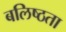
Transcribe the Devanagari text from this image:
बलिष्ठता